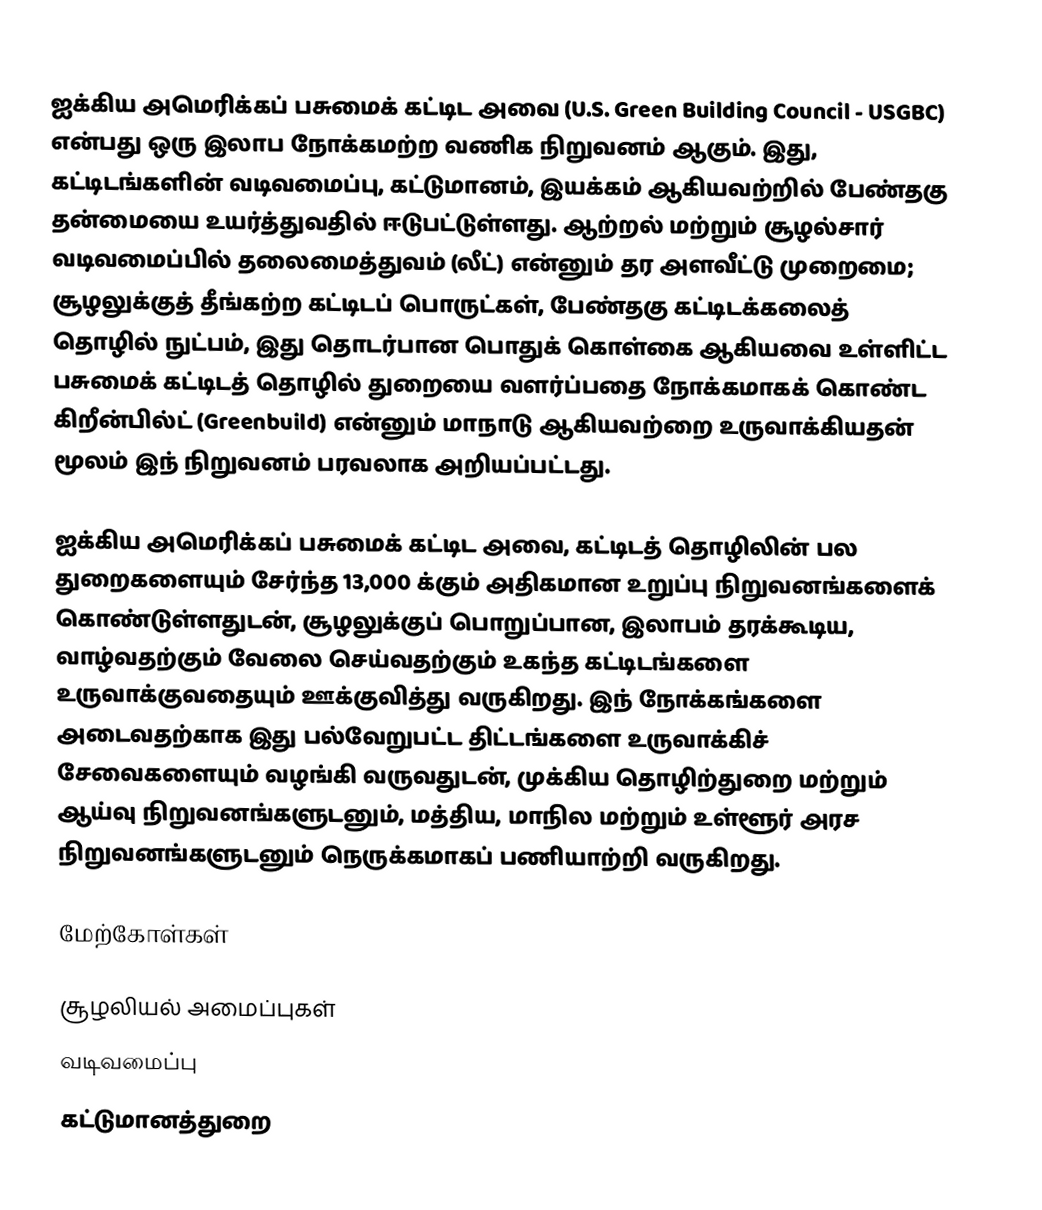
ஐக்கிய அமெரிக்கப் பசுமைக் கட்டிட அவை (U.S. Green Building Council - USGBC) என்பது ஒரு இலாப நோக்கமற்ற வணிக நிறுவனம் ஆகும். இது, கட்டிடங்களின் வடிவமைப்பு, கட்டுமானம், இயக்கம் ஆகியவற்றில் பேண்தகு தன்மையை உயர்த்துவதில் ஈடுபட்டுள்ளது. ஆற்றல் மற்றும் சூழல்சார் வடிவமைப்பில் தலைமைத்துவம் (லீட்) என்னும் தர அளவீட்டு முறைமை; சூழலுக்குத் தீங்கற்ற கட்டிடப் பொருட்கள், பேண்தகு கட்டிடக்கலைத் தொழில் நுட்பம், இது தொடர்பான பொதுக் கொள்கை ஆகியவை உள்ளிட்ட பசுமைக் கட்டிடத் தொழில் துறையை வளர்ப்பதை நோக்கமாகக் கொண்ட கிறீன்பில்ட் (Greenbuild) என்னும் மாநாடு ஆகியவற்றை உருவாக்கியதன் மூலம் இந் நிறுவனம் பரவலாக அறியப்பட்டது.

ஐக்கிய அமெரிக்கப் பசுமைக் கட்டிட அவை, கட்டிடத் தொழிலின் பல துறைகளையும் சேர்ந்த 13,000 க்கும் அதிகமான உறுப்பு நிறுவனங்களைக் கொண்டுள்ளதுடன், சூழலுக்குப் பொறுப்பான, இலாபம் தரக்கூடிய, வாழ்வதற்கும் வேலை செய்வதற்கும் உகந்த கட்டிடங்களை உருவாக்குவதையும் ஊக்குவித்து வருகிறது. இந் நோக்கங்களை அடைவதற்காக இது பல்வேறுபட்ட திட்டங்களை உருவாக்கிச் சேவைகளையும் வழங்கி வருவதுடன், முக்கிய தொழிற்துறை மற்றும் ஆய்வு நிறுவனங்களுடனும், மத்திய, மாநில மற்றும் உள்ளூர் அரச நிறுவனங்களுடனும் நெருக்கமாகப் பணியாற்றி வருகிறது.

மேற்கோள்கள்

சூழலியல் அமைப்புகள்
வடிவமைப்பு
கட்டுமானத்துறை